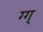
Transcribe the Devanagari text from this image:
ग्ग्